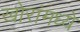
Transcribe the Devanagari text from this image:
खोरांमध्ये